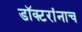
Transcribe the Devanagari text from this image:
डॉक्टरांनाच